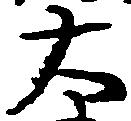
大